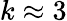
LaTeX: k\approx 3